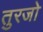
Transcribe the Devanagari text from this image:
तुरजो